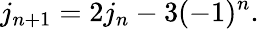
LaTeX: j_{n+1}=2j_{n}-3(-1)^{n}.